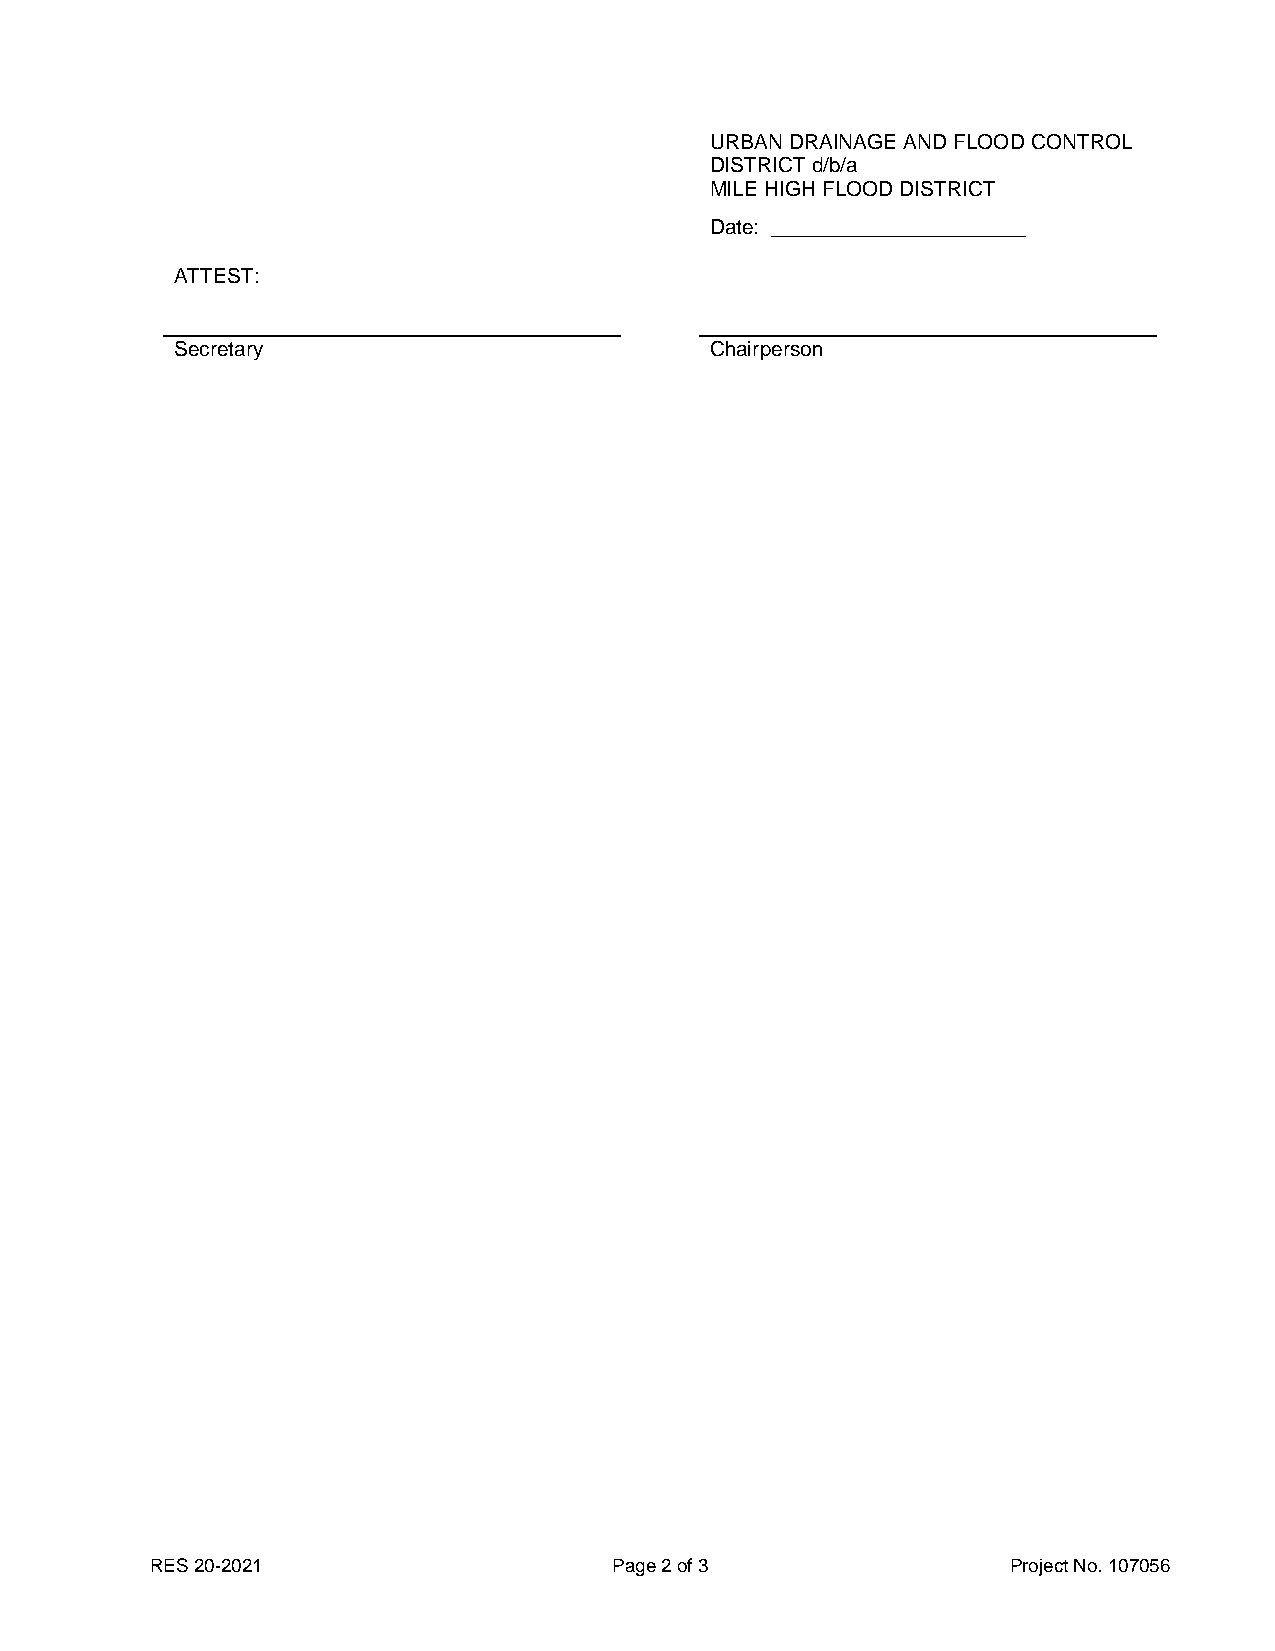
URBAN DRAINAGE AND FLOOD CONTROL
 DISTRICT d/b/a
 MILE HIGH FLOOD DISTRICT
 Date: ______________________
 ATTEST:
 Secretary                          Chairperson
 RES 20-2021                    Page 2 of 3               Project No. 107056